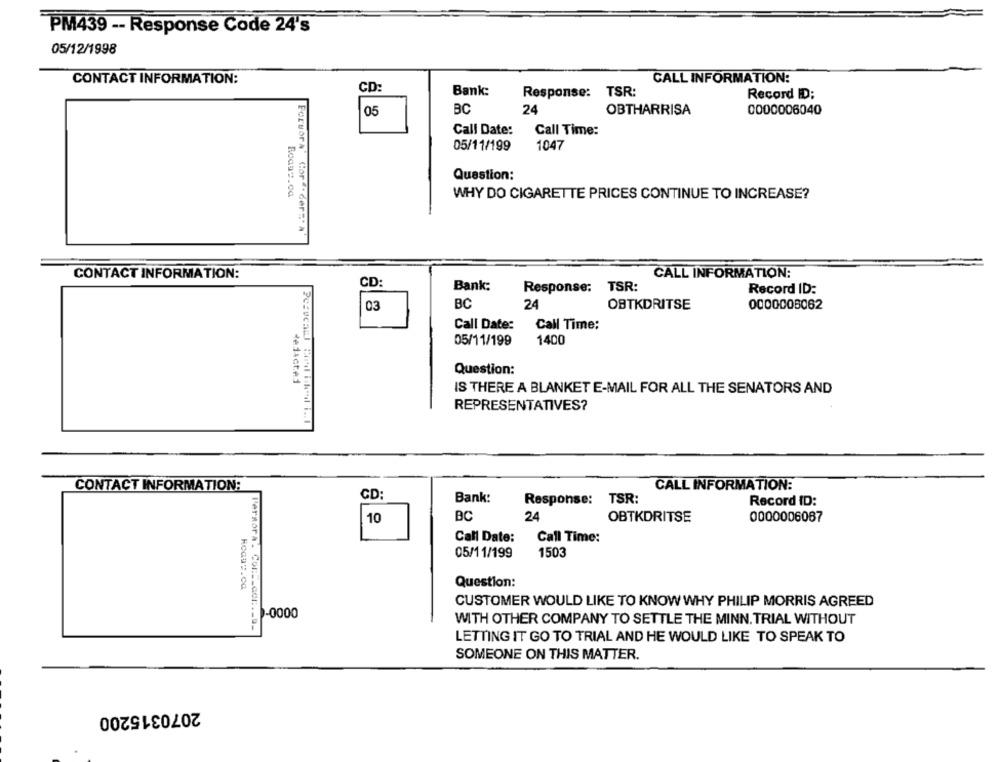
PM439 -- Response Code 24's
05/12/1998
CONTACT INFORMATION:
CALL INFORMATION:
CD:
Bank:
Response: TSR:
Record ID:
05
BC
24
OBTHARRISA
0000006040
Call Date:
Call Time:
1047
05/11/199
Question:
WHY DO CIGARETTE PRICES CONTINUE TO INCREASE?
Forsora" Cor ". der=" a"
CONTACT INFORMATION:
CALL INFORMATION:
CD:
Bank:
Response:
TSR:
Record ID:
BC
24
OBTKDRITSE
0000008062
03
Call Date:
Call Time:
05/11/199
1400
Question:
IS THERE A BLANKET E-MAIL FOR ALL THE SENATORS AND
REPRESENTATIVES?
CONTACT INFORMATION:
CALL INFORMATION:
CD:
Bank:
Response: TSR:
Record ID:
10
BC
24
OBTKDRITSE
0000006067
Call Date:
Call Time:
05/11/199
1503
Question:
CUSTOMER WOULD LIKE TO KNOW WHY PHILIP MORRIS AGREED
-0000
WITH OTHER COMPANY TO SETTLE THE MINN. TRIAL WITHOUT
PerRora . Col :__ cor :.__
LETTING IT GO TO TRIAL AND HE WOULD LIKE TO SPEAK TO
SOMEONE ON THIS MATTER.
2070315200